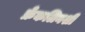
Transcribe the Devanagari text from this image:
फ्रँकलिनशी